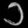
Digit: ၁